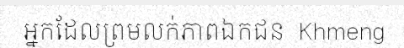
អ្នកដែលព្រមលក់ភាពឯកជន  Khmeng